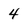
Character: 4